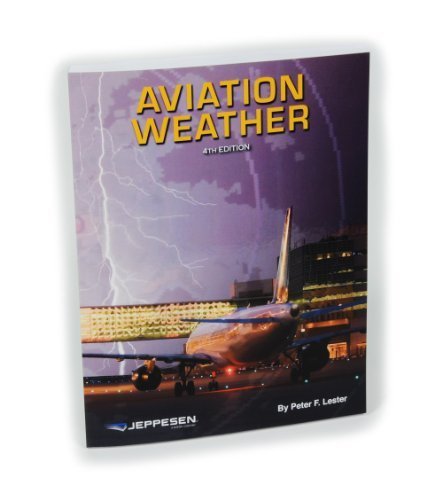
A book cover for Jeppesen Aviation Weather; Jeppesen; Science & Math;